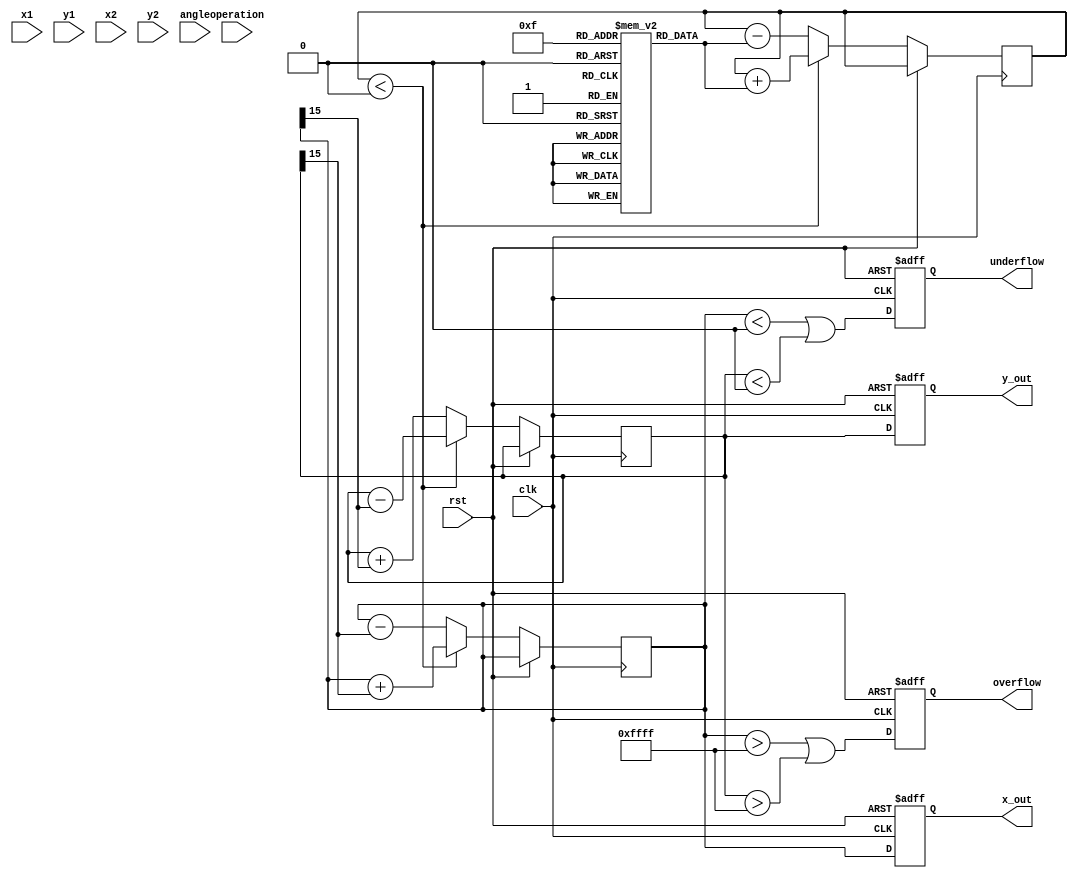
module complex_cordic (
    input clk,
    input rst,
    input [15:0] x1,      // Real part of first complex number
    input [15:0] y1,      // Imaginary part of first complex number
    input [15:0] x2,      // Real part of second complex number
    input [15:0] y2,      // Imaginary part of second complex number
    input [1:0] operation, // 00: Multiply, 01: Divide, 10: Square Root
    input [15:0] angle,    // Angle for rotation
    output reg [15:0] x_out, // Real part of output
    output reg [15:0] y_out, // Imaginary part of output
    output reg overflow,     // Overflow flag
    output reg underflow     // Underflow flag
);

    // CORDIC parameters
    parameter NUM_ITERATIONS = 16;
    reg [15:0] atan_table [0:NUM_ITERATIONS-1]; // Lookup table for arctangent values
    reg [15:0] x, y, z; // Internal registers for computation
    integer i;

    // Initialize arctangent lookup table
    initial begin
        atan_table[0] = 16'h2000; // atan(1) = pi/4 in fixed-point
        atan_table[1] = 16'h1000; // atan(0.5)
        atan_table[2] = 16'h0800; // atan(0.25)
        // Add more values as needed...
    end

    // Main CORDIC computation
    always @(posedge clk or posedge rst) begin
        if (rst) begin
            x_out <= 0;
            y_out <= 0;
            overflow <= 0;
            underflow <= 0;
        end else begin
            case (operation)
                2'b00: begin // Multiplication
                    x <= x1 * x2 - y1 * y2;
                    y <= x1 * y2 + y1 * x2;
                end
                2'b01: begin // Division (simple version, not fully implemented)
                    // Division logic can be complex, consider using iterative approximation
                    // Placeholder for division
                    x <= x1 / x2;
                    y <= y1 / y2;
                end
                2'b10: begin // Square root (not fully implemented)
                    // Placeholder for square root
                    x <= (x1 + y1) >> 1; // Simple average
                    y <= 0; // Imaginary part is zero for square root
                end
                default: begin
                    x <= 0;
                    y <= 0;
                end
            endcase

            // CORDIC rotation
            z <= angle; // Set initial angle
            for (i = 0; i < NUM_ITERATIONS; i = i + 1) begin
                if (z < 0) begin
                    // Rotate clockwise
                    x <= x + (y >>> i);
                    y <= y - (x >>> i);
                    z <= z + atan_table[i];
                end else begin
                    // Rotate counter-clockwise
                    x <= x - (y >>> i);
                    y <= y + (x >>> i);
                    z <= z - atan_table[i];
                end
            end

            // Assign output
            x_out <= x;
            y_out <= y;

            // Check for overflow/underflow (simple checks)
            overflow <= (x > 16'hFFFF || y > 16'hFFFF);
            underflow <= (x < 16'h0000 || y < 16'h0000);
        end
    end
endmodule